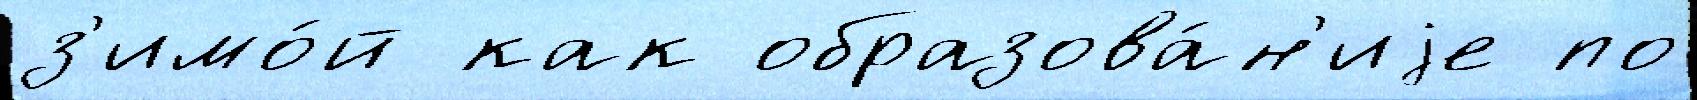
з'имо́й как образова́н'иjе по